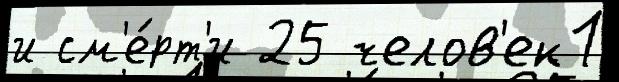
и см'е́рт'и 25 челов'ек1